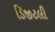
ડિજીટલી